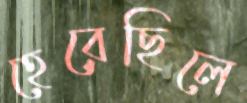
হেরেছিলে